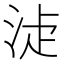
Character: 𣵕